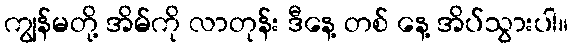
ကျွန်မတို့ အိမ်ကို လာတုန်း ဒီနေ့ တစ် နေ့ အိပ်သွားပါ။